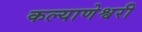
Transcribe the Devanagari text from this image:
कल्याणेश्वरी